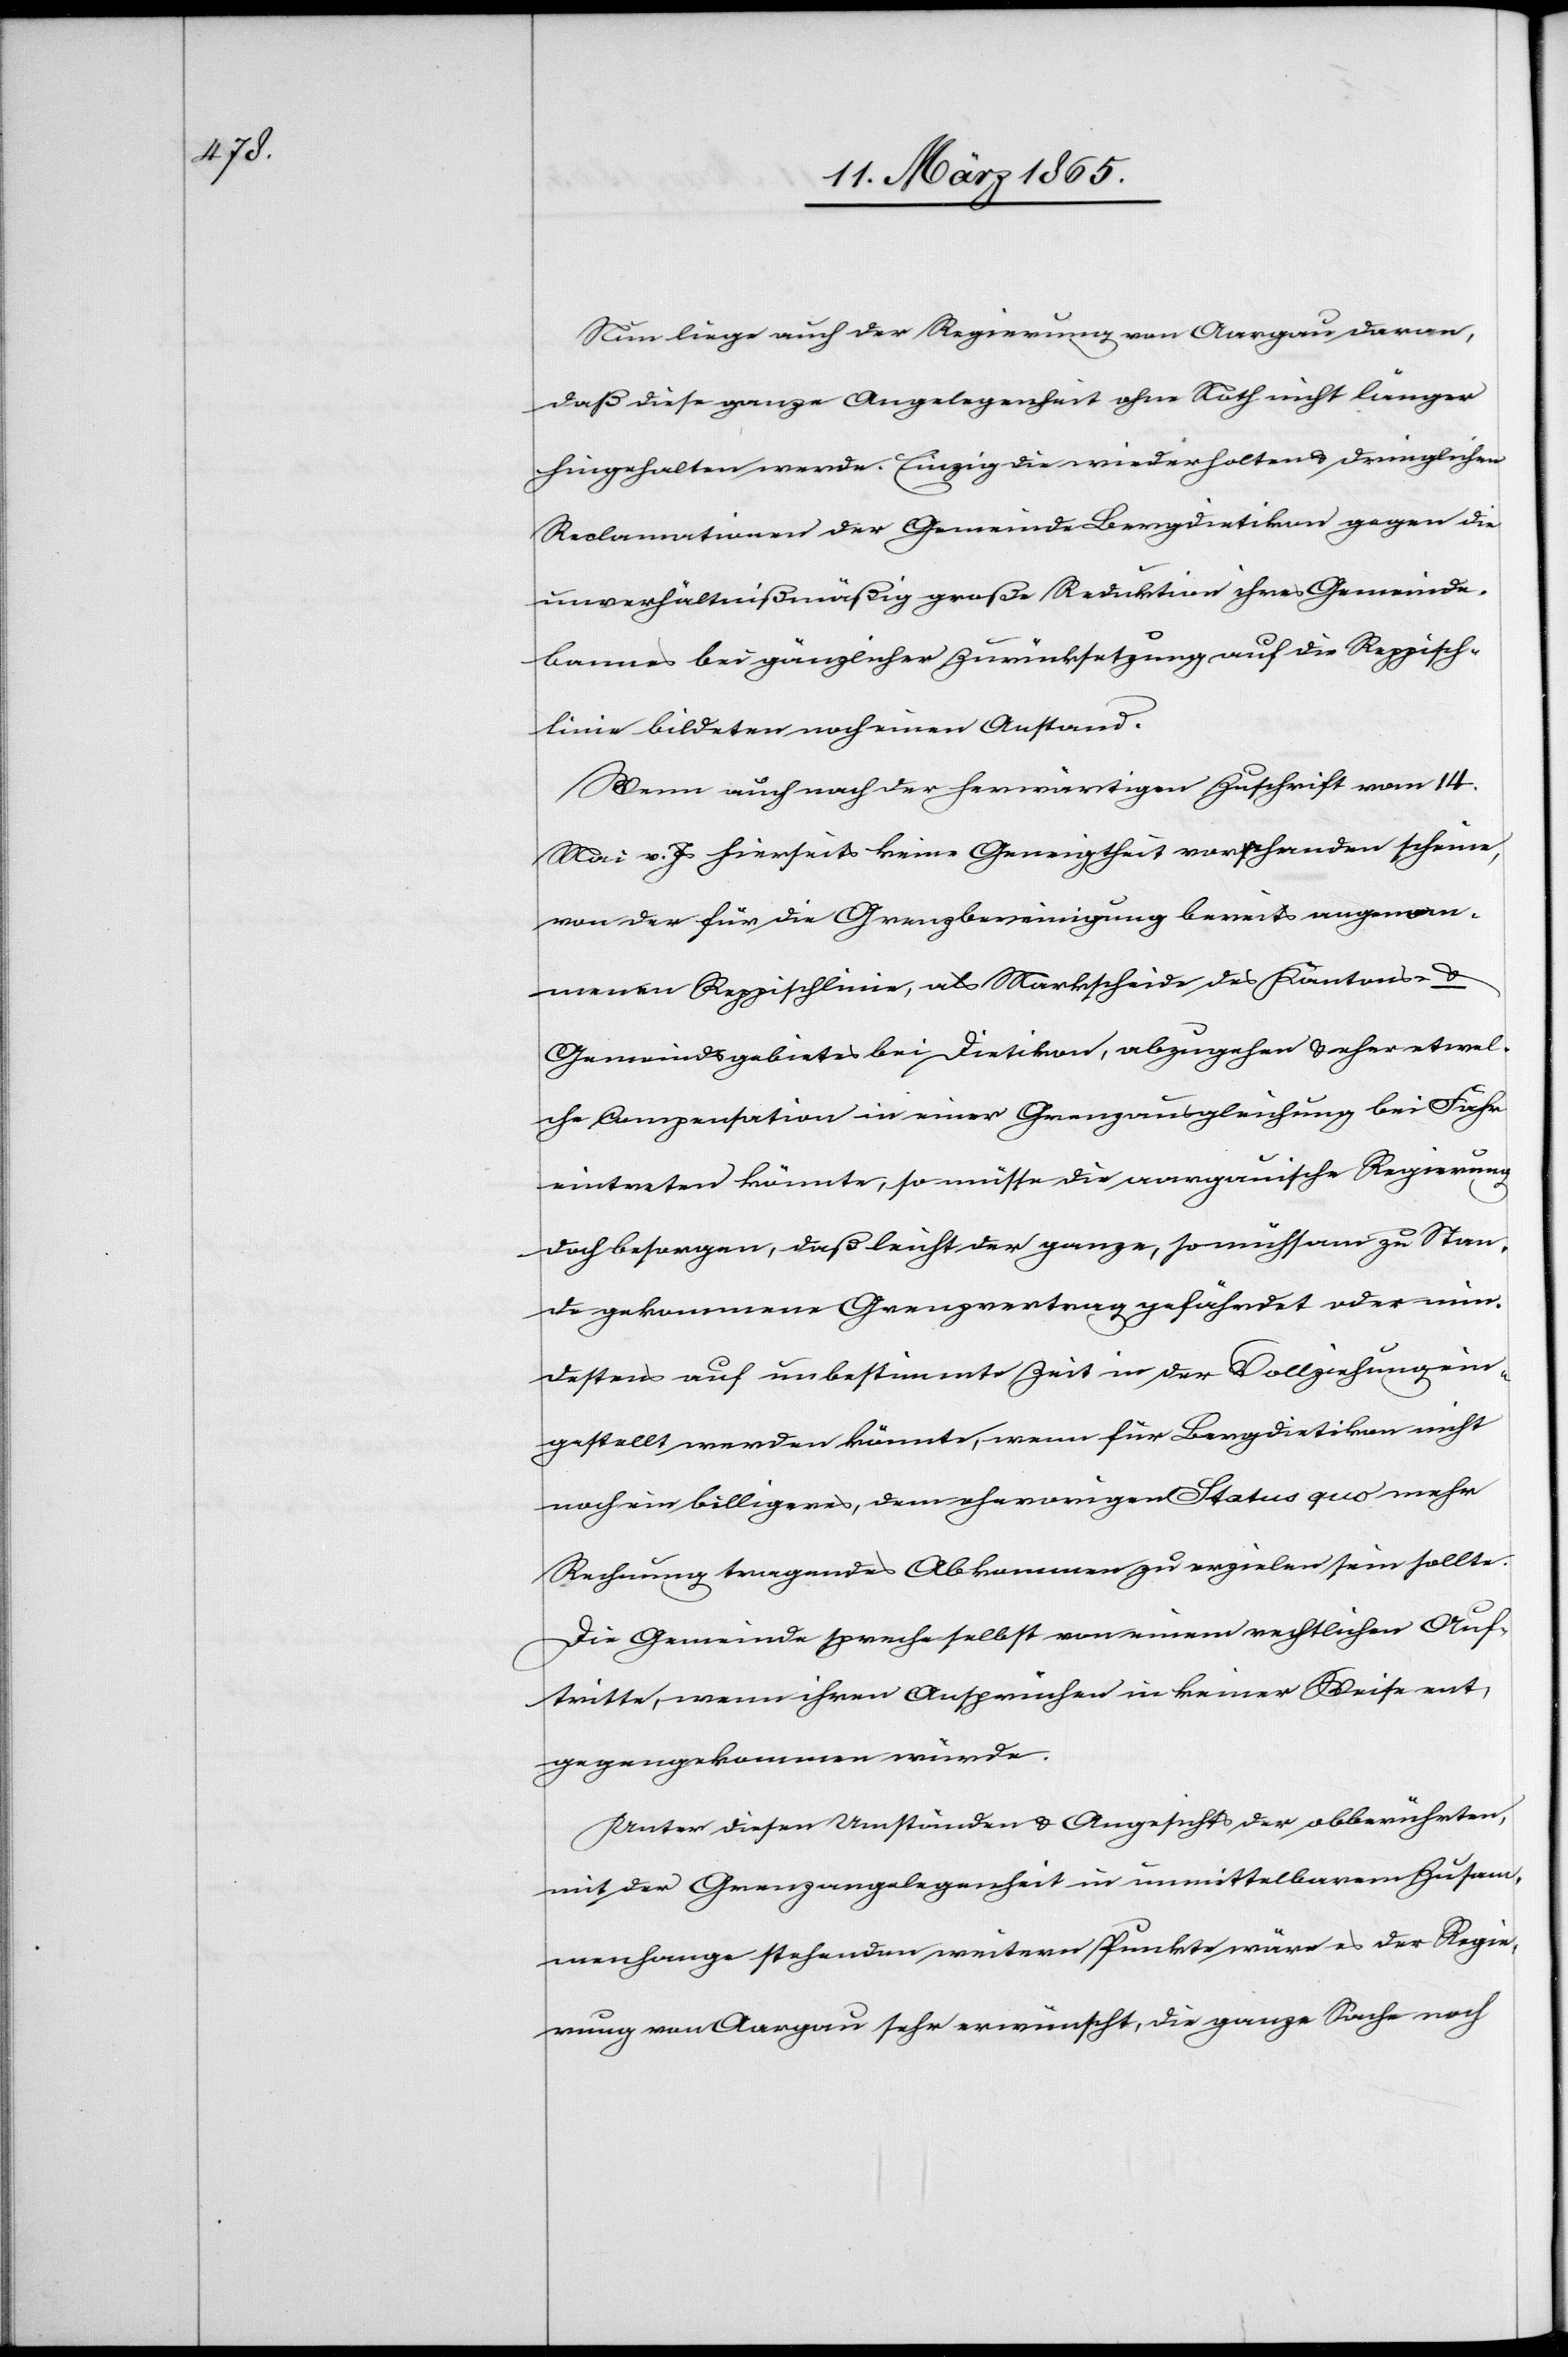
Nun liege auch der Regierung von Aargau daran,
daß diese ganze Angelegenheit ohne Noth nicht länger
hingehalten werde. Einzig die wiederholten u. dringlichen
Reclamationen der Gemeinde Bergdietikon gegen die
unverhältnißmäßig große Reduktion ihres Gemeinde¬
bannes bei gänzlicher Zurücksetzung auf die Reppisch¬
linie bildeten noch einen Anstand.
Wenn auch nach der herwärtigen Zuschrift vom 14.
Mai v. Js hierseits keine Geneigtheit vorhanden scheine,
von der für die Grenzbereinigung bereits angenom¬
menen Reppischlinie, als Markscheide des Kantons- &
Gemeindsgebietes bei Dietikon, abzugehen & eher etwel¬
che Compensation in einer Grenzausgleichung bei Fahr
eintreten könnte, so müsse die aargauische Regierung
doch besorgen, daß leicht der ganze, so mühsam zu Stan¬
de gekommene Grenzvertrag gefährdet oder min¬
destens auf unbestimmte Zeit in der Vollziehung ein¬
gestellt werden könnte, wenn für Bergdietikon nicht
noch ein billigeres, dem ehevorigen Status quo mehr
Rechnung tragendes Abkommen zu erzielen sein sollte.
Die Gemeinde spreche selbst von einem rechtlichen Auf¬
tritte, wenn ihren Ansprüchen in keiner Weise ent¬
gegengekommen würde.
Unter diesen Umständen & Angesichts der obberührten,
mit der Grenzangelegenheit in unmittelbarem Zusam¬
menhange stehenden weitern Punkte wäre es der Regie¬
rung von Aargau sehr erwünscht, die ganze Sache noch